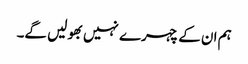
ہم ان کے چہرے نہیں بھولیں گے۔